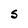
Character: S